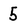
Character: 5